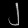
Digit: ၂